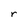
Character: r